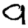
Digit: 9